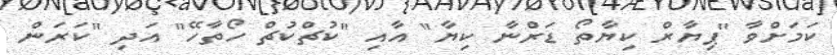
ކަމަށްވާ "ޕިޔާރް ކިޔާތޯ ޑަރްނާ ކިޔާ" އާއި "ކުޗްކުޗް ހޯތާހޭ" އަދި "ކަރަން